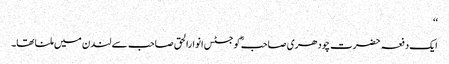
‘‘
ایک دفعہ حضرت چودھری صاحبؓ کو جسٹس انوارالحق صاحب سے لندن میں ملنا تھا۔